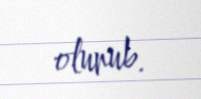
olunub.